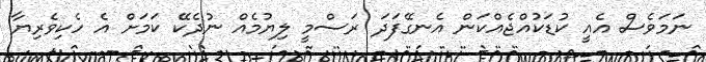
ނަމަވެސް އެއީ ކުޑަކުއްޖެއްކަން އެނގޭފަދަ ރަސްމީ ލިޔުމެއް ނުދެކޭ ކަމަށް އެ ހެކިވެރިޔާ